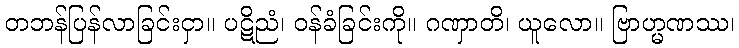
တဘန်ပြန်လာခြင်းငှာ။ ပဋိညံ၊ ဝန်ခံခြင်းကို။ ဂဏှာတိ၊ ယူလော။ ဗြာဟ္မဏဿ၊